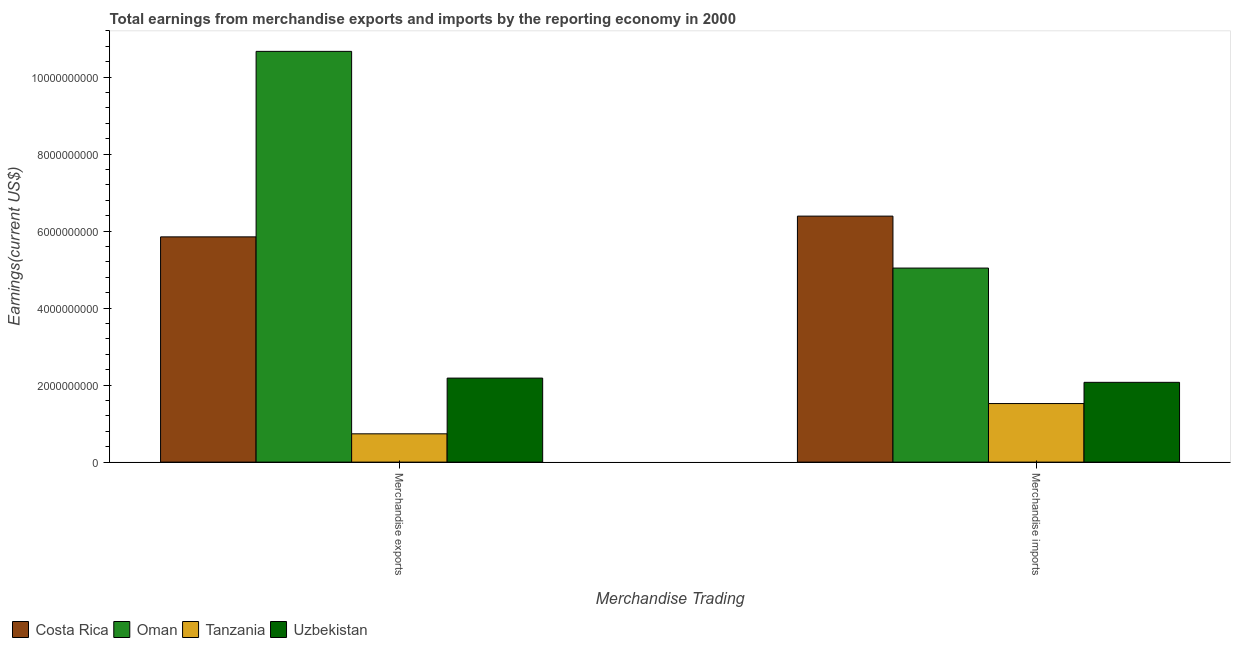
| Merchandise Trading | Costa Rica | Oman | Tanzania | Uzbekistan |
 | --- | --- | --- | --- | --- |
 | Merchandise exports | 5.85e+09 | 1.07e+10 | 7.35e+08 | 2.18e+09 |
 | Merchandise imports | 6.39e+09 | 5.04e+09 | 1.52e+09 | 2.07e+09 |